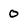
Character: 0